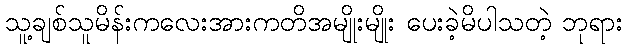
သူ့ချစ်သူမိန်းကလေးအားကတိအမျိုးမျိုး ပေးခဲ့မိပါသတဲ့ ဘုရား